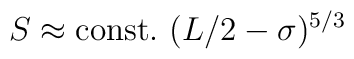
S\approx{\rm const.}~(L/2-\sigma)^{5/3}